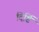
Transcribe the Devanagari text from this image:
दिर्ष्टि